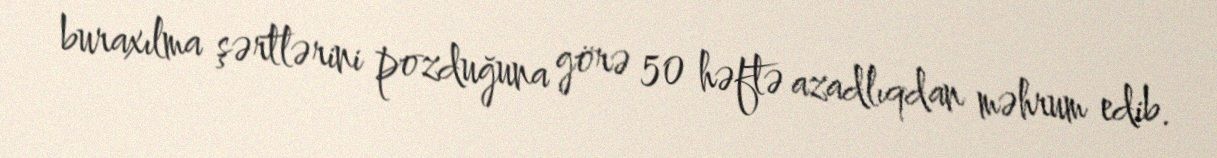
buraxılma şərtlərini pozduğuna görə 50 həftə azadlıqdan məhrum edib.